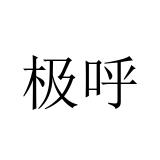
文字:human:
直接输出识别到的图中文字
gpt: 极呼